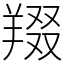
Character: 䍳